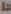
ما